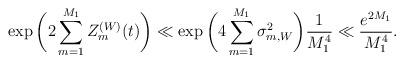
LaTeX: \begin{align*} \exp \bigg( 2 \sum_{m=1}^{M_1} Z_m^{(W)}(t) \bigg) \ll \exp \bigg( 4 \sum_{m=1}^{M_1} \sigma_{m,W}^2 \bigg) \frac{1}{M_1^4} \ll \frac{e^{2 M_1}}{M_1^4}. \end{align*}